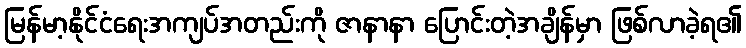
မြန်မာ့နိုင်ငံရေးအကျပ်အတည်းကို ဇာနာနာ ပြောင်းတဲ့အချိန်မှာ ဖြစ်လာခဲ့ရ၏